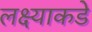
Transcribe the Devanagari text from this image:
लक्ष्याकडे